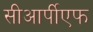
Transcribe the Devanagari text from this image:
सीआर्पीएफ